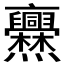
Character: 𠆡